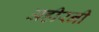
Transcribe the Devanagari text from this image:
अहीरनी